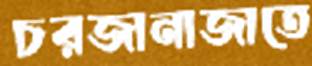
চরজানাজাতে